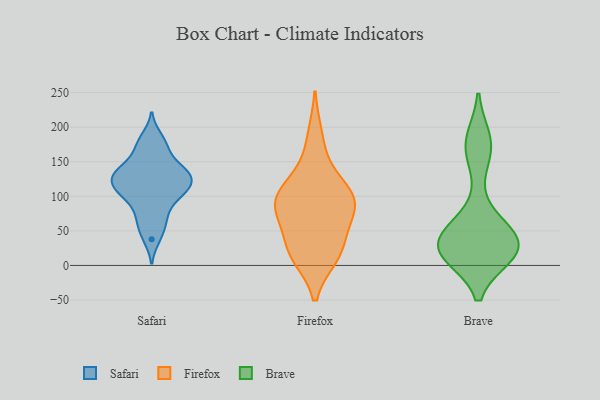
{"axis": {"x": "Churn Rate (%)", "y": "Value"}, "legend": ["Brave", "Firefox", "Safari"], "data": [{"x": "", "y": 124, "type": "Safari"}, {"x": "", "y": 165, "type": "Safari"}, {"x": "", "y": 135, "type": "Safari"}, {"x": "", "y": 128, "type": "Safari"}, {"x": "", "y": 102, "type": "Safari"}, {"x": "", "y": 174, "type": "Safari"}, {"x": "", "y": 68, "type": "Safari"}, {"x": "", "y": 142, "type": "Safari"}, {"x": "", "y": 38, "type": "Safari"}, {"x": "", "y": 105, "type": "Safari"}, {"x": "", "y": 131, "type": "Safari"}, {"x": "", "y": 142, "type": "Safari"}, {"x": "", "y": 186, "type": "Safari"}, {"x": "", "y": 120, "type": "Safari"}, {"x": "", "y": 110, "type": "Safari"}, {"x": "", "y": 81, "type": "Safari"}, {"x": "", "y": 104, "type": "Safari"}, {"x": "", "y": 56, "type": "Safari"}, {"x": "", "y": 84, "type": "Firefox"}, {"x": "", "y": 34, "type": "Firefox"}, {"x": "", "y": 107, "type": "Firefox"}, {"x": "", "y": 48, "type": "Firefox"}, {"x": "", "y": 188, "type": "Firefox"}, {"x": "", "y": 15, "type": "Firefox"}, {"x": "", "y": 89, "type": "Firefox"}, {"x": "", "y": 81, "type": "Firefox"}, {"x": "", "y": 98, "type": "Firefox"}, {"x": "", "y": 86, "type": "Firefox"}, {"x": "", "y": 13, "type": "Firefox"}, {"x": "", "y": 107, "type": "Firefox"}, {"x": "", "y": 15, "type": "Firefox"}, {"x": "", "y": 143, "type": "Firefox"}, {"x": "", "y": 183, "type": "Brave"}, {"x": "", "y": 34, "type": "Brave"}, {"x": "", "y": 18, "type": "Brave"}, {"x": "", "y": 156, "type": "Brave"}, {"x": "", "y": 18, "type": "Brave"}, {"x": "", "y": 45, "type": "Brave"}, {"x": "", "y": 22, "type": "Brave"}, {"x": "", "y": 21, "type": "Brave"}, {"x": "", "y": 27, "type": "Brave"}, {"x": "", "y": 68, "type": "Brave"}, {"x": "", "y": 15, "type": "Brave"}, {"x": "", "y": 177, "type": "Brave"}, {"x": "", "y": 50, "type": "Brave"}]}